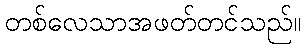
တစ်လေသာအဖတ်တင်သည်။